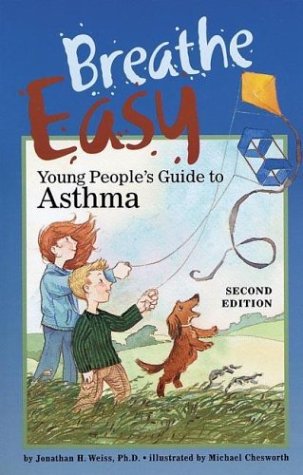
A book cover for Breathe Easy: Young People's Guide to Asthma; Jonathan H. Weiss; Health, Fitness & Dieting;